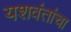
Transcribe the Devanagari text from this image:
यशवंतांचा